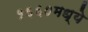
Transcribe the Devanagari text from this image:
१६६०मध्ये